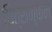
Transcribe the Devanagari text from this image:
छित्रान्कन